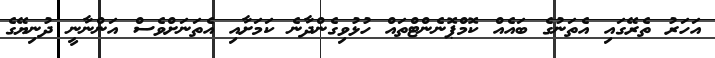
އަހަރު ތެރޭގައި އެތަނުގެ ބައެއް ކޮމްޕޮނެންޓްތައް ހުޅުވިގެންދާނެ ކަމަށާއި އެތަނަށްވެސް އަންނާނީ ދުނިޔޭގެ